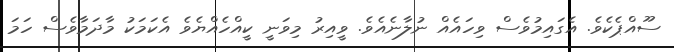
ސޫއްޕެކެވެ. އެގައިމުވެސް ވިހައެއް ނުލާނެއެވެ. ވީއިރު މިވަނީ ކީއްހެއްޔެވެ އެކަމަކު މާދަމާވެސް ހަމަ